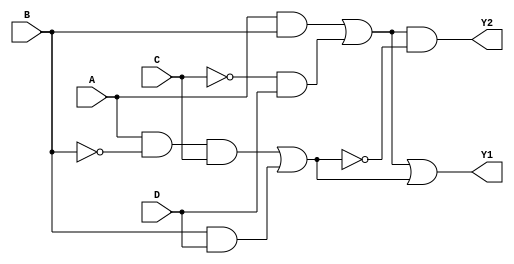
module jewel_pal(
    input wire A,    // Input A
    input wire B,    // Input B
    input wire C,    // Input C
    input wire D,    // Input D
    output wire Y1,  // Output Y1
    output wire Y2   // Output Y2
);

// Programmable AND gates
wire and1_out; // Output of AND gate 1
wire and2_out; // Output of AND gate 2

// AND gate 1: Programmable connections (A, B, C, D)
assign and1_out = (A & B) | (~C & D); // Example programmable function for AND gate 1

// AND gate 2: Programmable connections (A, B, C, D)
assign and2_out = (A & ~B & C) | (B & D); // Example programmable function for AND gate 2

// Fixed OR array
assign Y1 = and1_out | and2_out; // Output Y1 combines outputs from AND gates
assign Y2 = and1_out & (~and2_out); // Output Y2 combines outputs from AND gates with a different logic

endmodule